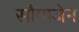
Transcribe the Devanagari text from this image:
सौमाजेन